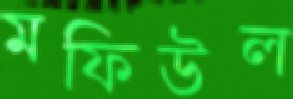
মফিউল